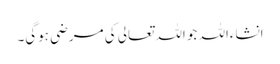
انشاءاللہ جو اللہ تعالی کی مرضی ہوگی۔